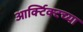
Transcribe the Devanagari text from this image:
आर्क्टिक्टच्या